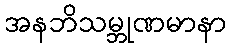
အနဘိသမ္ဘုဏမာနာ